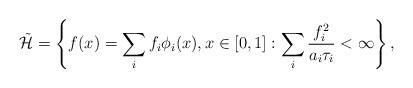
LaTeX: \begin{align*}\mathcal{\tilde{H}} = \left\{ f(x) = \sum_i f_i \phi_i(x), x \in [0,1]: \sum_i \frac{f_i^2}{a_i \tau_i} < \infty\right\},\end{align*}